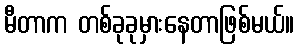
မီတာက တစ်ခုခုမှားနေတာဖြစ်မယ်။